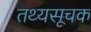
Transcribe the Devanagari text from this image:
तथ्यसूचक